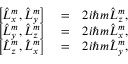
\begin{array} { r l r } { \left[ \hat { L } _ { x } ^ { m } , \hat { L } _ { y } ^ { m } \right] } & { { } = } & { 2 i \hbar m \hat { L } _ { z } ^ { m } , } \\ { \left[ \hat { L } _ { y } ^ { m } , \hat { L } _ { z } ^ { m } \right] } & { { } = } & { 2 i \hbar m \hat { L } _ { x } ^ { m } , } \\ { \left[ \hat { L } _ { z } ^ { m } , \hat { L } _ { x } ^ { m } \right] } & { { } = } & { 2 i \hbar m \hat { L } _ { y } ^ { m } , } \end{array}